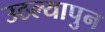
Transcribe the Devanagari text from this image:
उठल्यापुन